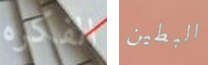
الفكره البطين